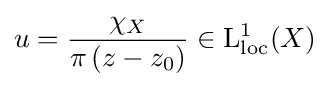
u={\frac {\chi _{X}}{\pi \left(z-z_{0}\right)}}\in \mathrm {L} _{\text{loc}}^{1}(X)